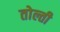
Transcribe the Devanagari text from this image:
तोल्ती